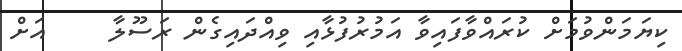
ކިޔަމަންވުމަށް ކުރައްވާފައިވާ އަމުރުފުޅާއި ވިއްދައިގެން ރަސޫލާ     އަށް